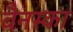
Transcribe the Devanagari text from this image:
वैनस्का